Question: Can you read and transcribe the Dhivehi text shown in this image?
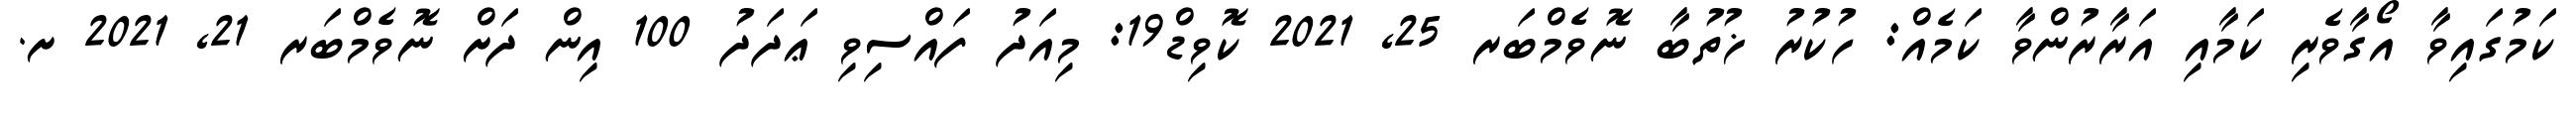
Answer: ކަމުގައިވާ އޯގާވެރި ކަމާއި އަރާރުންވާ ކަމެއް: ހުކުރު ޚުތުބާ ނޮވެމްބަރ 25, 2021 ކޮވިޑް19: މިއަދު ފައްސިވި ޢަދަދު 100 އިން ދަށް ނޮވެމްބަރ 21, 2021 ށ.